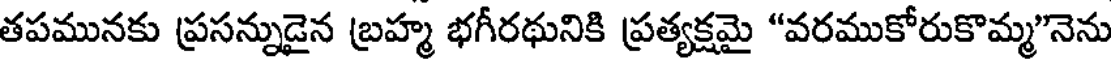
తపమునకు ప్రసన్నుడైన బ్రహ్మ భగీరథునికి ప్రత్యక్షమై "వరముకోరుకొమ్మ"నెను